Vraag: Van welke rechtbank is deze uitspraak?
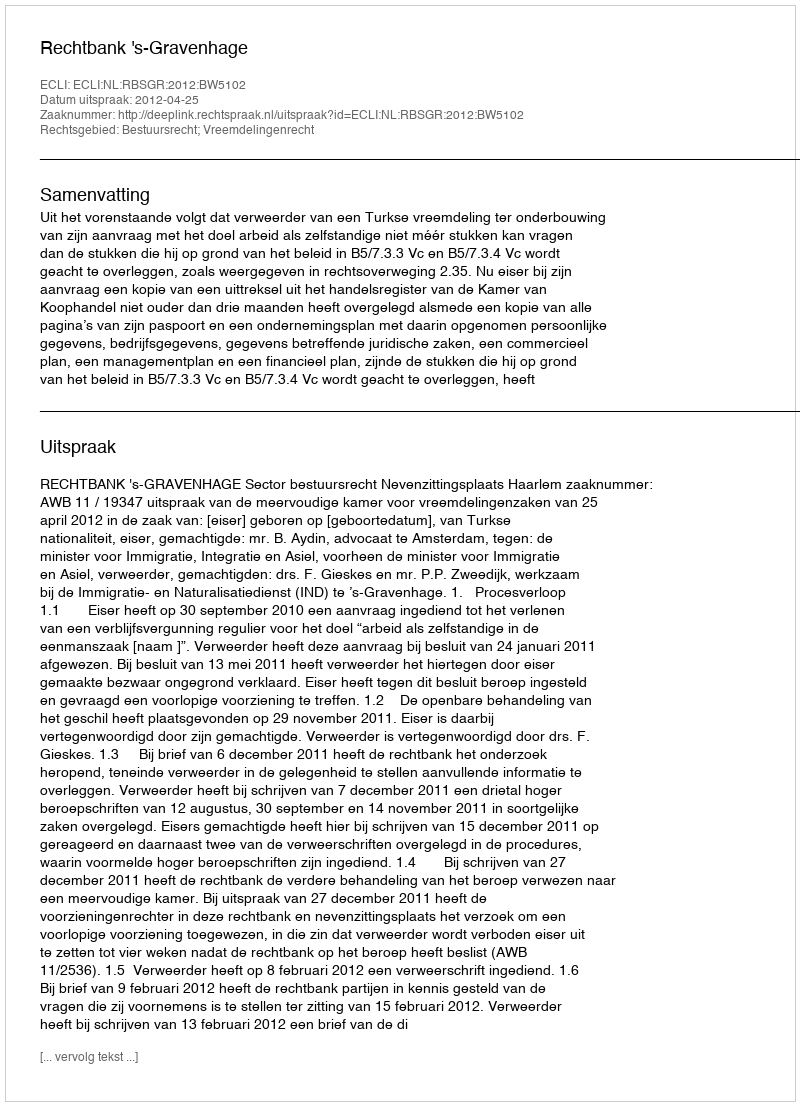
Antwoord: Rechtbank 's-Gravenhage